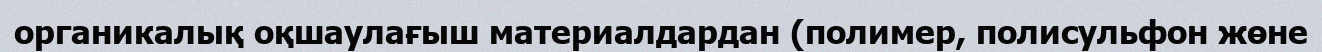
органикалық оқшаулағыш материалдардан (полимер, полисульфон жөне